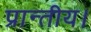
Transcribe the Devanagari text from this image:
प्रान्तीय।